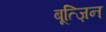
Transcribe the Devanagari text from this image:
बूत्ज़िन